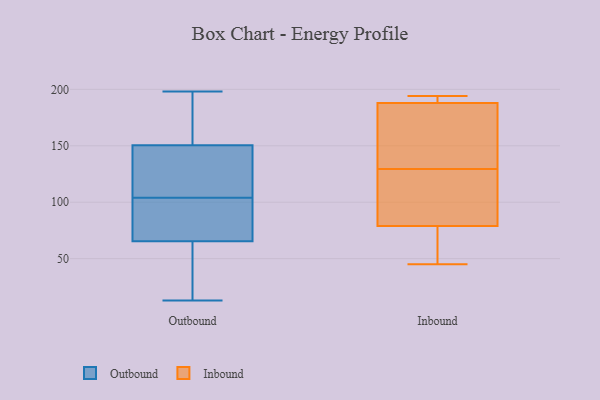
{"axis": {"x": "Population (Million)", "y": "Value"}, "legend": ["Inbound", "Outbound"], "data": [{"x": "", "y": 85, "type": "Outbound"}, {"x": "", "y": 104, "type": "Outbound"}, {"x": "", "y": 173, "type": "Outbound"}, {"x": "", "y": 114, "type": "Outbound"}, {"x": "", "y": 198, "type": "Outbound"}, {"x": "", "y": 73, "type": "Outbound"}, {"x": "", "y": 13, "type": "Outbound"}, {"x": "", "y": 131, "type": "Outbound"}, {"x": "", "y": 157, "type": "Outbound"}, {"x": "", "y": 14, "type": "Outbound"}, {"x": "", "y": 63, "type": "Outbound"}, {"x": "", "y": 194, "type": "Inbound"}, {"x": "", "y": 188, "type": "Inbound"}, {"x": "", "y": 160, "type": "Inbound"}, {"x": "", "y": 45, "type": "Inbound"}, {"x": "", "y": 79, "type": "Inbound"}, {"x": "", "y": 66, "type": "Inbound"}, {"x": "", "y": 84, "type": "Inbound"}, {"x": "", "y": 122, "type": "Inbound"}, {"x": "", "y": 190, "type": "Inbound"}, {"x": "", "y": 137, "type": "Inbound"}]}